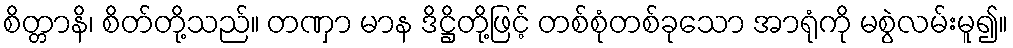
စိတ္တာနိ၊ စိတ်တို့သည်။ တဏှာ မာန ဒိဋ္ဌိတို့ဖြင့် တစ်စုံတစ်ခုသော အာရုံကို မစွဲလမ်းမူ၍။